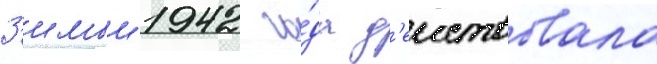
З'имои 1942 го́да д'еиствовала